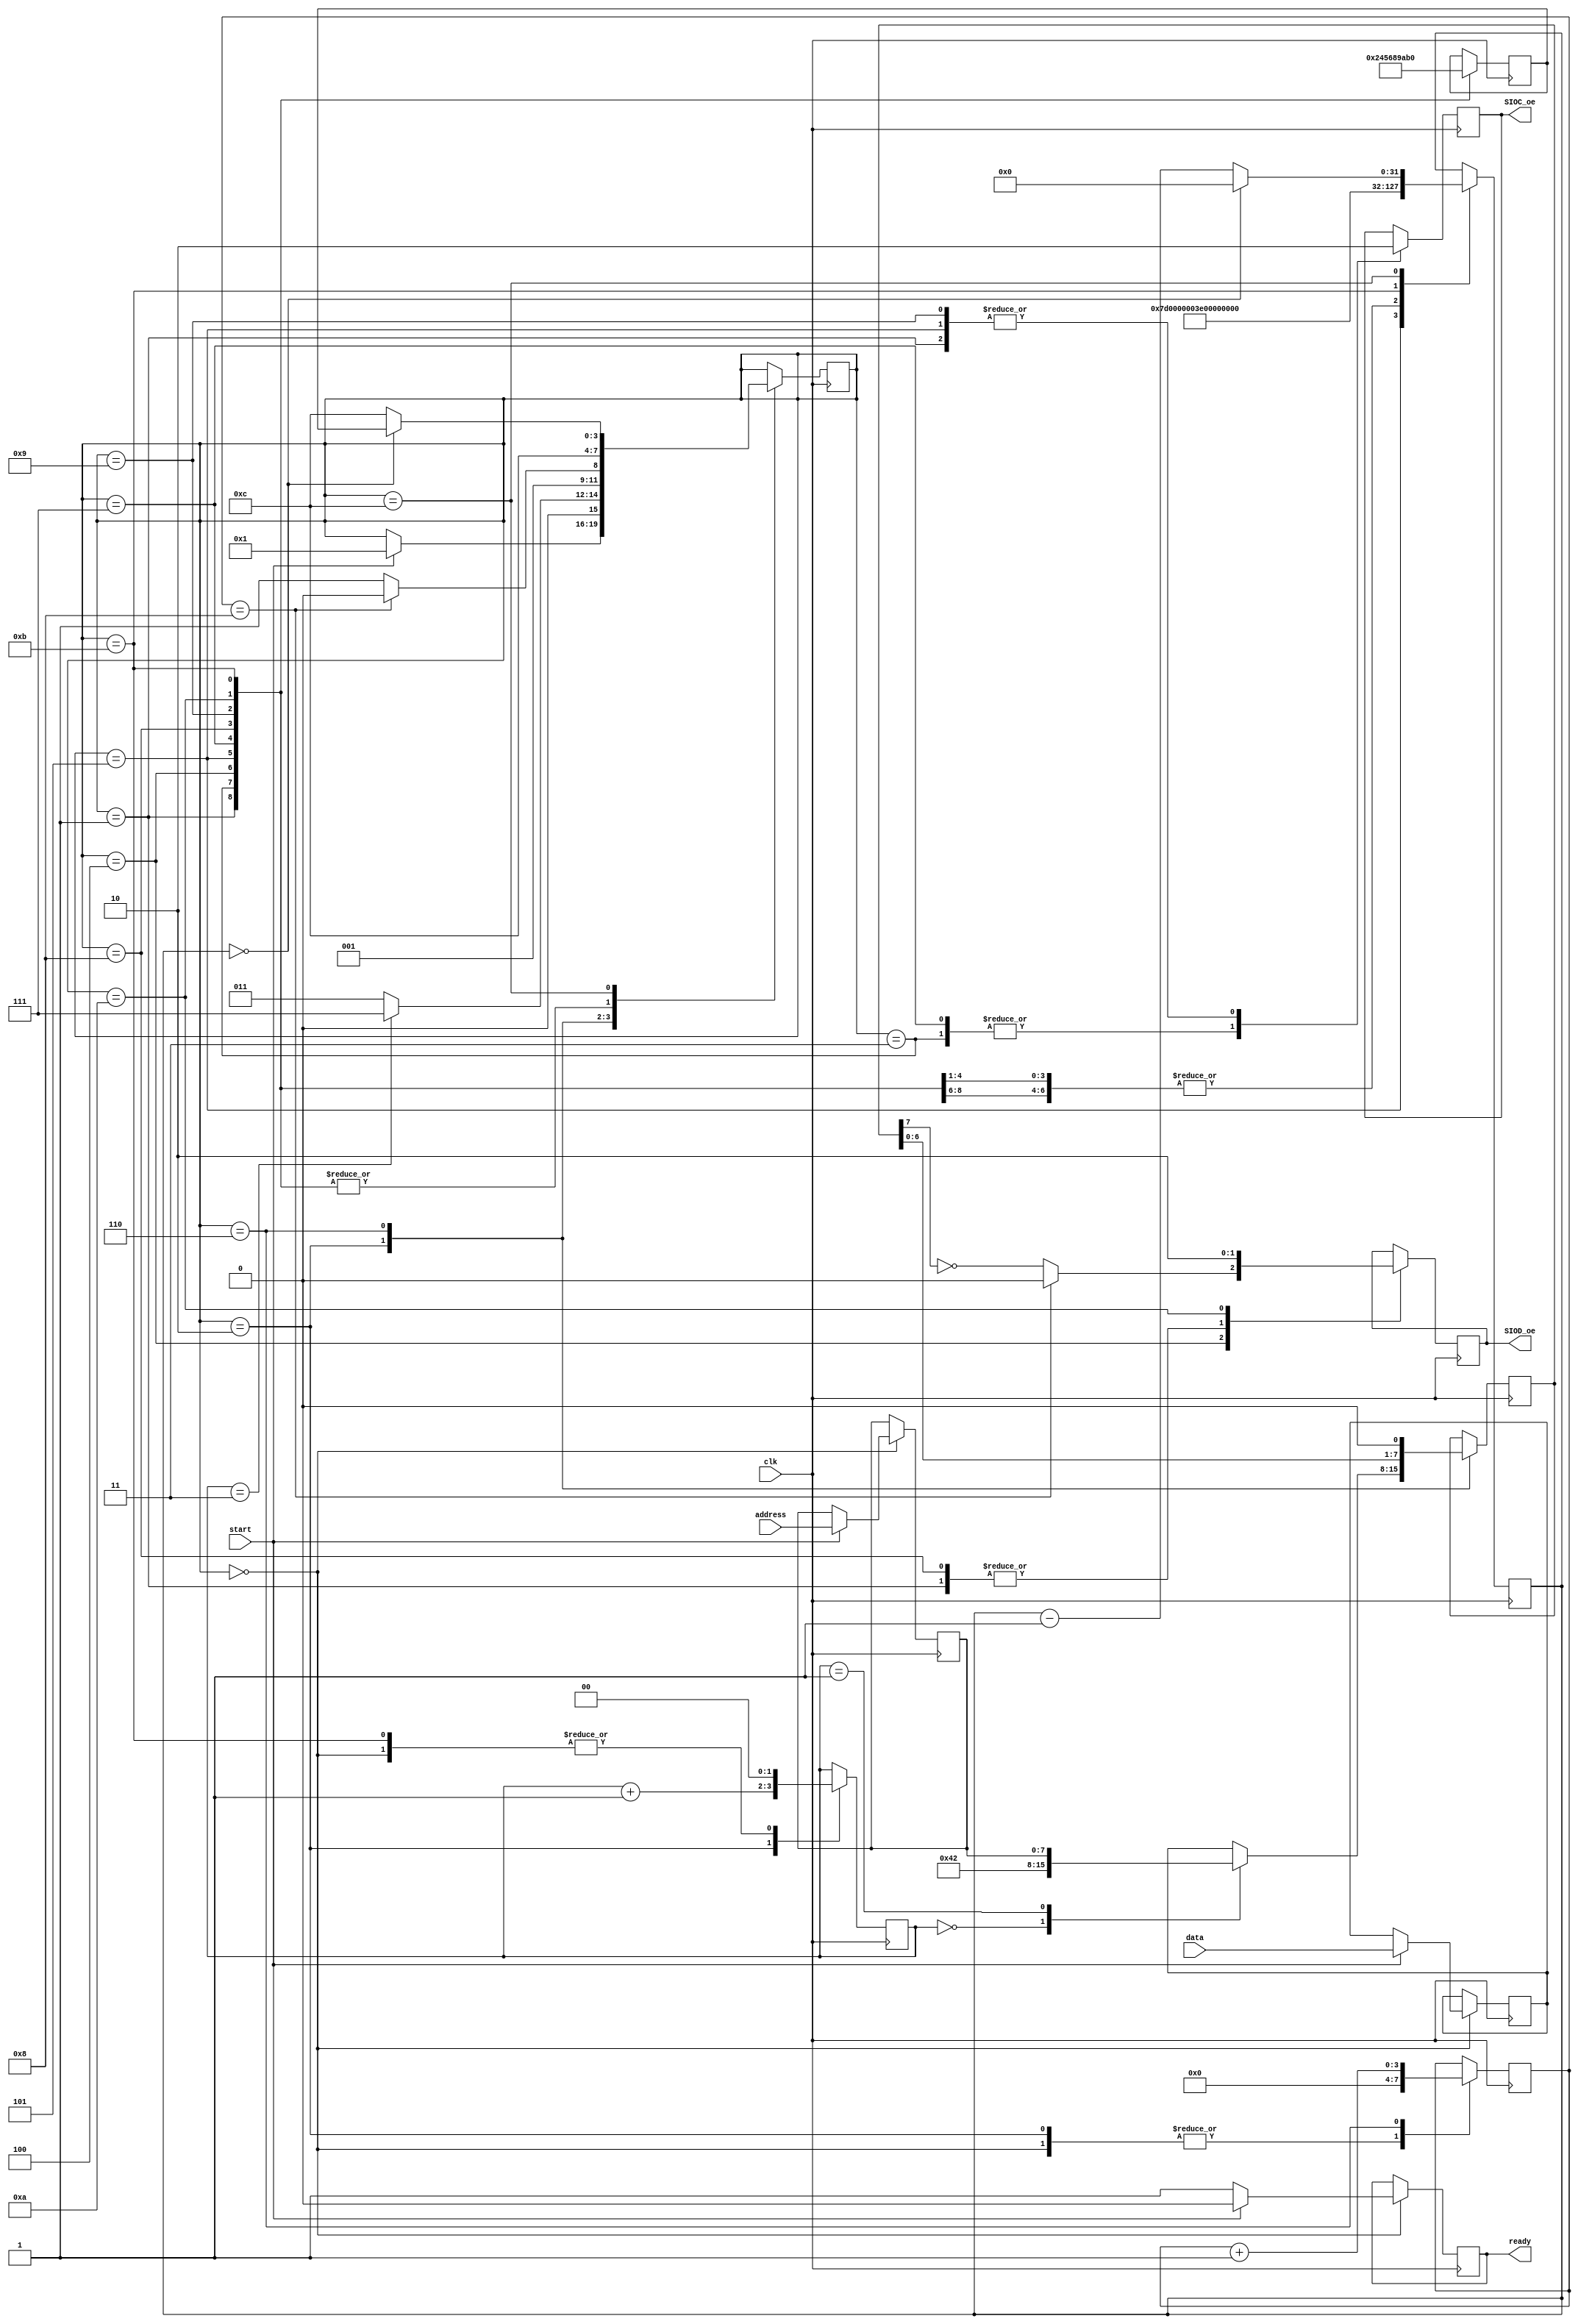
//  SCCB_Interface.v - stores the config parameter for the camera


module SCCB_interface
#(
    parameter CLK_FREQ = 25000000,
    parameter SCCB_FREQ = 100000
)
(
    input wire clk,
    input wire start,
    input wire [7:0] address,
    input wire [7:0] data,
    output reg ready,
    output reg SIOC_oe,
    output reg SIOD_oe
    );
    
    localparam CAMERA_ADDR = 8'h42;
    localparam FSM_IDLE = 0;
    localparam FSM_START_SIGNAL = 1;
    localparam FSM_LOAD_BYTE = 2;
    localparam FSM_TX_BYTE_1 = 3;
    localparam FSM_TX_BYTE_2 = 4;
    localparam FSM_TX_BYTE_3 = 5;
    localparam FSM_TX_BYTE_4 = 6;
    localparam FSM_END_SIGNAL_1 = 7;
    localparam FSM_END_SIGNAL_2 = 8;
    localparam FSM_END_SIGNAL_3 = 9;
    localparam FSM_END_SIGNAL_4 = 10;
    localparam FSM_DONE = 11;
    localparam FSM_TIMER = 12;
    
    
    initial begin 
        SIOC_oe = 0;
        SIOD_oe = 0;
        ready = 1;
    end
    
    reg [3:0] FSM_state = 0;
    reg [3:0] FSM_return_state = 0;
    reg [31:0] timer = 0;
    reg [7:0] latched_address;
    reg [7:0] latched_data; 
    reg [1:0] byte_counter = 0;
    reg [7:0] tx_byte = 0;
    reg [3:0] byte_index = 0;
    
    
    always@(posedge clk) begin
        
        case(FSM_state) 
        
            FSM_IDLE: begin
                byte_index <= 0;
                byte_counter <= 0;
                if (start) begin 
                    FSM_state <= FSM_START_SIGNAL;
                    latched_address <= address;
                    latched_data <= data;
                    ready <= 0;
                end
                else begin
                    ready <= 1;
                end
            end
            
            FSM_START_SIGNAL: begin //comunication interface start signal, bring SIOD low
                FSM_state <= FSM_TIMER;
                FSM_return_state <= FSM_LOAD_BYTE;
                timer <= (CLK_FREQ/(4*SCCB_FREQ));
                SIOC_oe <= 0;
                SIOD_oe <= 1;
            end
            
            FSM_LOAD_BYTE: begin //load next byte to be transmitted
                FSM_state <= (byte_counter == 3) ? FSM_END_SIGNAL_1 : FSM_TX_BYTE_1;
                byte_counter <= byte_counter + 1;
                byte_index <= 0; //clear byte index
                case(byte_counter)
                    0: tx_byte <= CAMERA_ADDR;
                    1: tx_byte <= latched_address;
                    2: tx_byte <= latched_data;
                    default: tx_byte <= latched_data;
                endcase
            end
            
            FSM_TX_BYTE_1: begin //bring SIOC low and and delay for next state 
                FSM_state <= FSM_TIMER;
                FSM_return_state <= FSM_TX_BYTE_2;
                timer <= (CLK_FREQ/(4*SCCB_FREQ));
                SIOC_oe <= 1; 
            end
            
            FSM_TX_BYTE_2: begin //assign output data, 
                FSM_state <= FSM_TIMER;
                FSM_return_state <= FSM_TX_BYTE_3;
                timer <= (CLK_FREQ/(4*SCCB_FREQ)); //delay for SIOD to stabilize
                SIOD_oe <= (byte_index == 8) ? 0 : ~tx_byte[7]; //allow for 9 cycle ack, output enable signal is inverting
            end
            
            FSM_TX_BYTE_3: begin // bring SIOC high 
                FSM_state <= FSM_TIMER;
                FSM_return_state <= FSM_TX_BYTE_4;
                timer <= (CLK_FREQ/(2*SCCB_FREQ));
                SIOC_oe <= 0; //output enable is an inverting pulldown
            end
            
            FSM_TX_BYTE_4: begin //check for end of byte, incriment counter
                FSM_state <= (byte_index == 8) ? FSM_LOAD_BYTE : FSM_TX_BYTE_1;
                tx_byte <= tx_byte<<1; //shift in next data bit
                byte_index <= byte_index + 1;
            end
            
            FSM_END_SIGNAL_1: begin //state is entered with SIOC high, SIOD high. Start by bringing SIOC low
                FSM_state <= FSM_TIMER;
                FSM_return_state <= FSM_END_SIGNAL_2;
                timer <= (CLK_FREQ/(4*SCCB_FREQ));
                SIOC_oe <= 1;
            end
            
            FSM_END_SIGNAL_2: begin // while SIOC is low, bring SIOD low 
                FSM_state <= FSM_TIMER;
                FSM_return_state <= FSM_END_SIGNAL_3;
                timer <= (CLK_FREQ/(4*SCCB_FREQ));
                SIOD_oe <= 1;
            end
            
            FSM_END_SIGNAL_3: begin // bring SIOC high
                FSM_state <= FSM_TIMER;
                FSM_return_state <= FSM_END_SIGNAL_4;
                timer <= (CLK_FREQ/(4*SCCB_FREQ));
                SIOC_oe <= 0;
            end
            
            FSM_END_SIGNAL_4: begin // bring SIOD high when SIOC is high
                FSM_state <= FSM_TIMER;
                FSM_return_state <= FSM_DONE;
                timer <= (CLK_FREQ/(4*SCCB_FREQ));
                SIOD_oe <= 0;
            end
            
            FSM_DONE: begin //add delay between transactions
                FSM_state <= FSM_TIMER;
                FSM_return_state <= FSM_IDLE;
                timer <= (2*CLK_FREQ/(SCCB_FREQ));
                byte_counter <= 0;
            end
            
            FSM_TIMER: begin //count down and jump to next state
                FSM_state <= (timer == 0) ? FSM_return_state : FSM_TIMER;
                timer <= (timer==0) ? 0 : timer - 1;
            end
        endcase
    end
    
    
endmodule